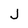
Character: J